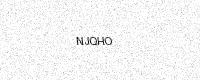
Text: NJQHO